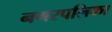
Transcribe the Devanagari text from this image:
नगरपलिका